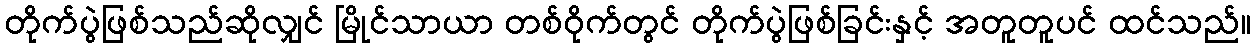
တိုက်ပွဲဖြစ်သည်ဆိုလျှင် မြိုင်သာယာ တစ်ဝိုက်တွင် တိုက်ပွဲဖြစ်ခြင်းနှင့် အတူတူပင် ထင်သည်။